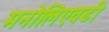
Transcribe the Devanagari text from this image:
मनोलिएवढी